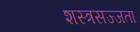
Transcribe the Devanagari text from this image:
शस्त्रसज्जता